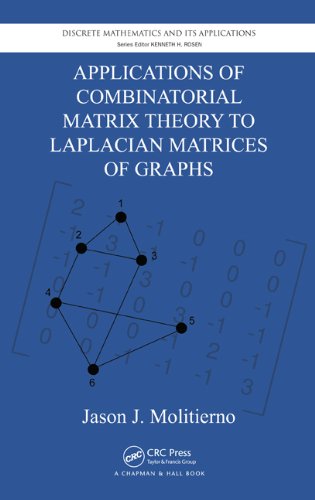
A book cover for Applications of Combinatorial Matrix Theory to Laplacian Matrices of Graphs (Discrete Mathematics and Its Applications); Jason J. Molitierno; Science & Math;